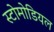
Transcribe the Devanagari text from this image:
स्टोमोडियल